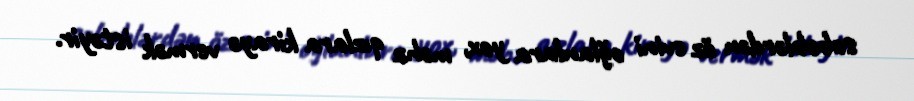
səbəblərdən öz evini oğlanlara yox, məhz qızlara kirayə vermək istəyir.